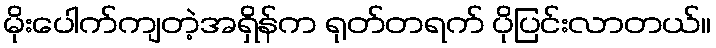
မိုးပေါက်ကျတဲ့အရှိန်က ရုတ်တရက် ပိုပြင်းလာတယ်။